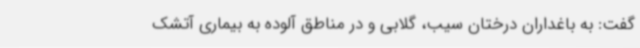
گفت: به باغداران درختان سیب، گلابی و در مناطق آلوده به بیماری آتشک